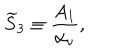
LaTeX: { \widetilde S } _ { 3 } \equiv { \frac { A _ { 1 } } { \alpha _ { \nu } } } ,